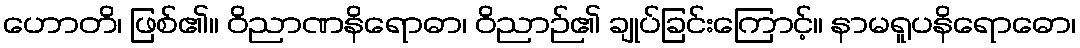
ဟောတိ၊ ဖြစ်၏။ ဝိညာဏနိရောဓာ၊ ဝိညာဉ်၏ ချုပ်ခြင်းကြောင့်။ နာမရူပနိရောဓော၊